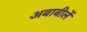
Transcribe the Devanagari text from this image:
अबाबीलें